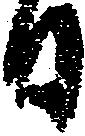
日